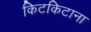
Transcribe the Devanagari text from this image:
किटकिटाना